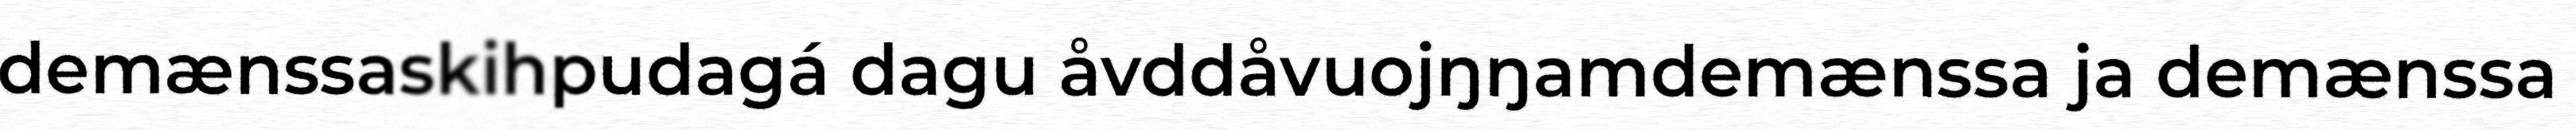
demænssaskihpudagá dagu åvddåvuojŋŋamdemænssa ja demænssa